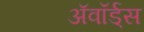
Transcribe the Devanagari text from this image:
ॲवॉर्ड्‌स